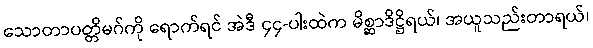
သောတာပတ္တိမဂ်ကို ရောက်ရင် အဲဒီ ၄၄-ပါးထဲက မိစ္ဆာဒိဋ္ဌိရယ်၊ အယူသည်းတာရယ်၊